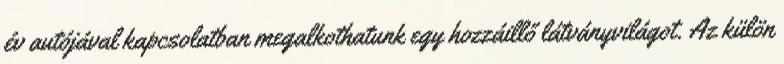
év autójával kapcsolatban megalkothatunk egy hozzáillő látványvilágot. Az külön